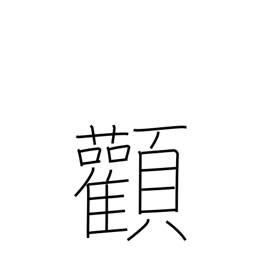
Meaning: cheekbone